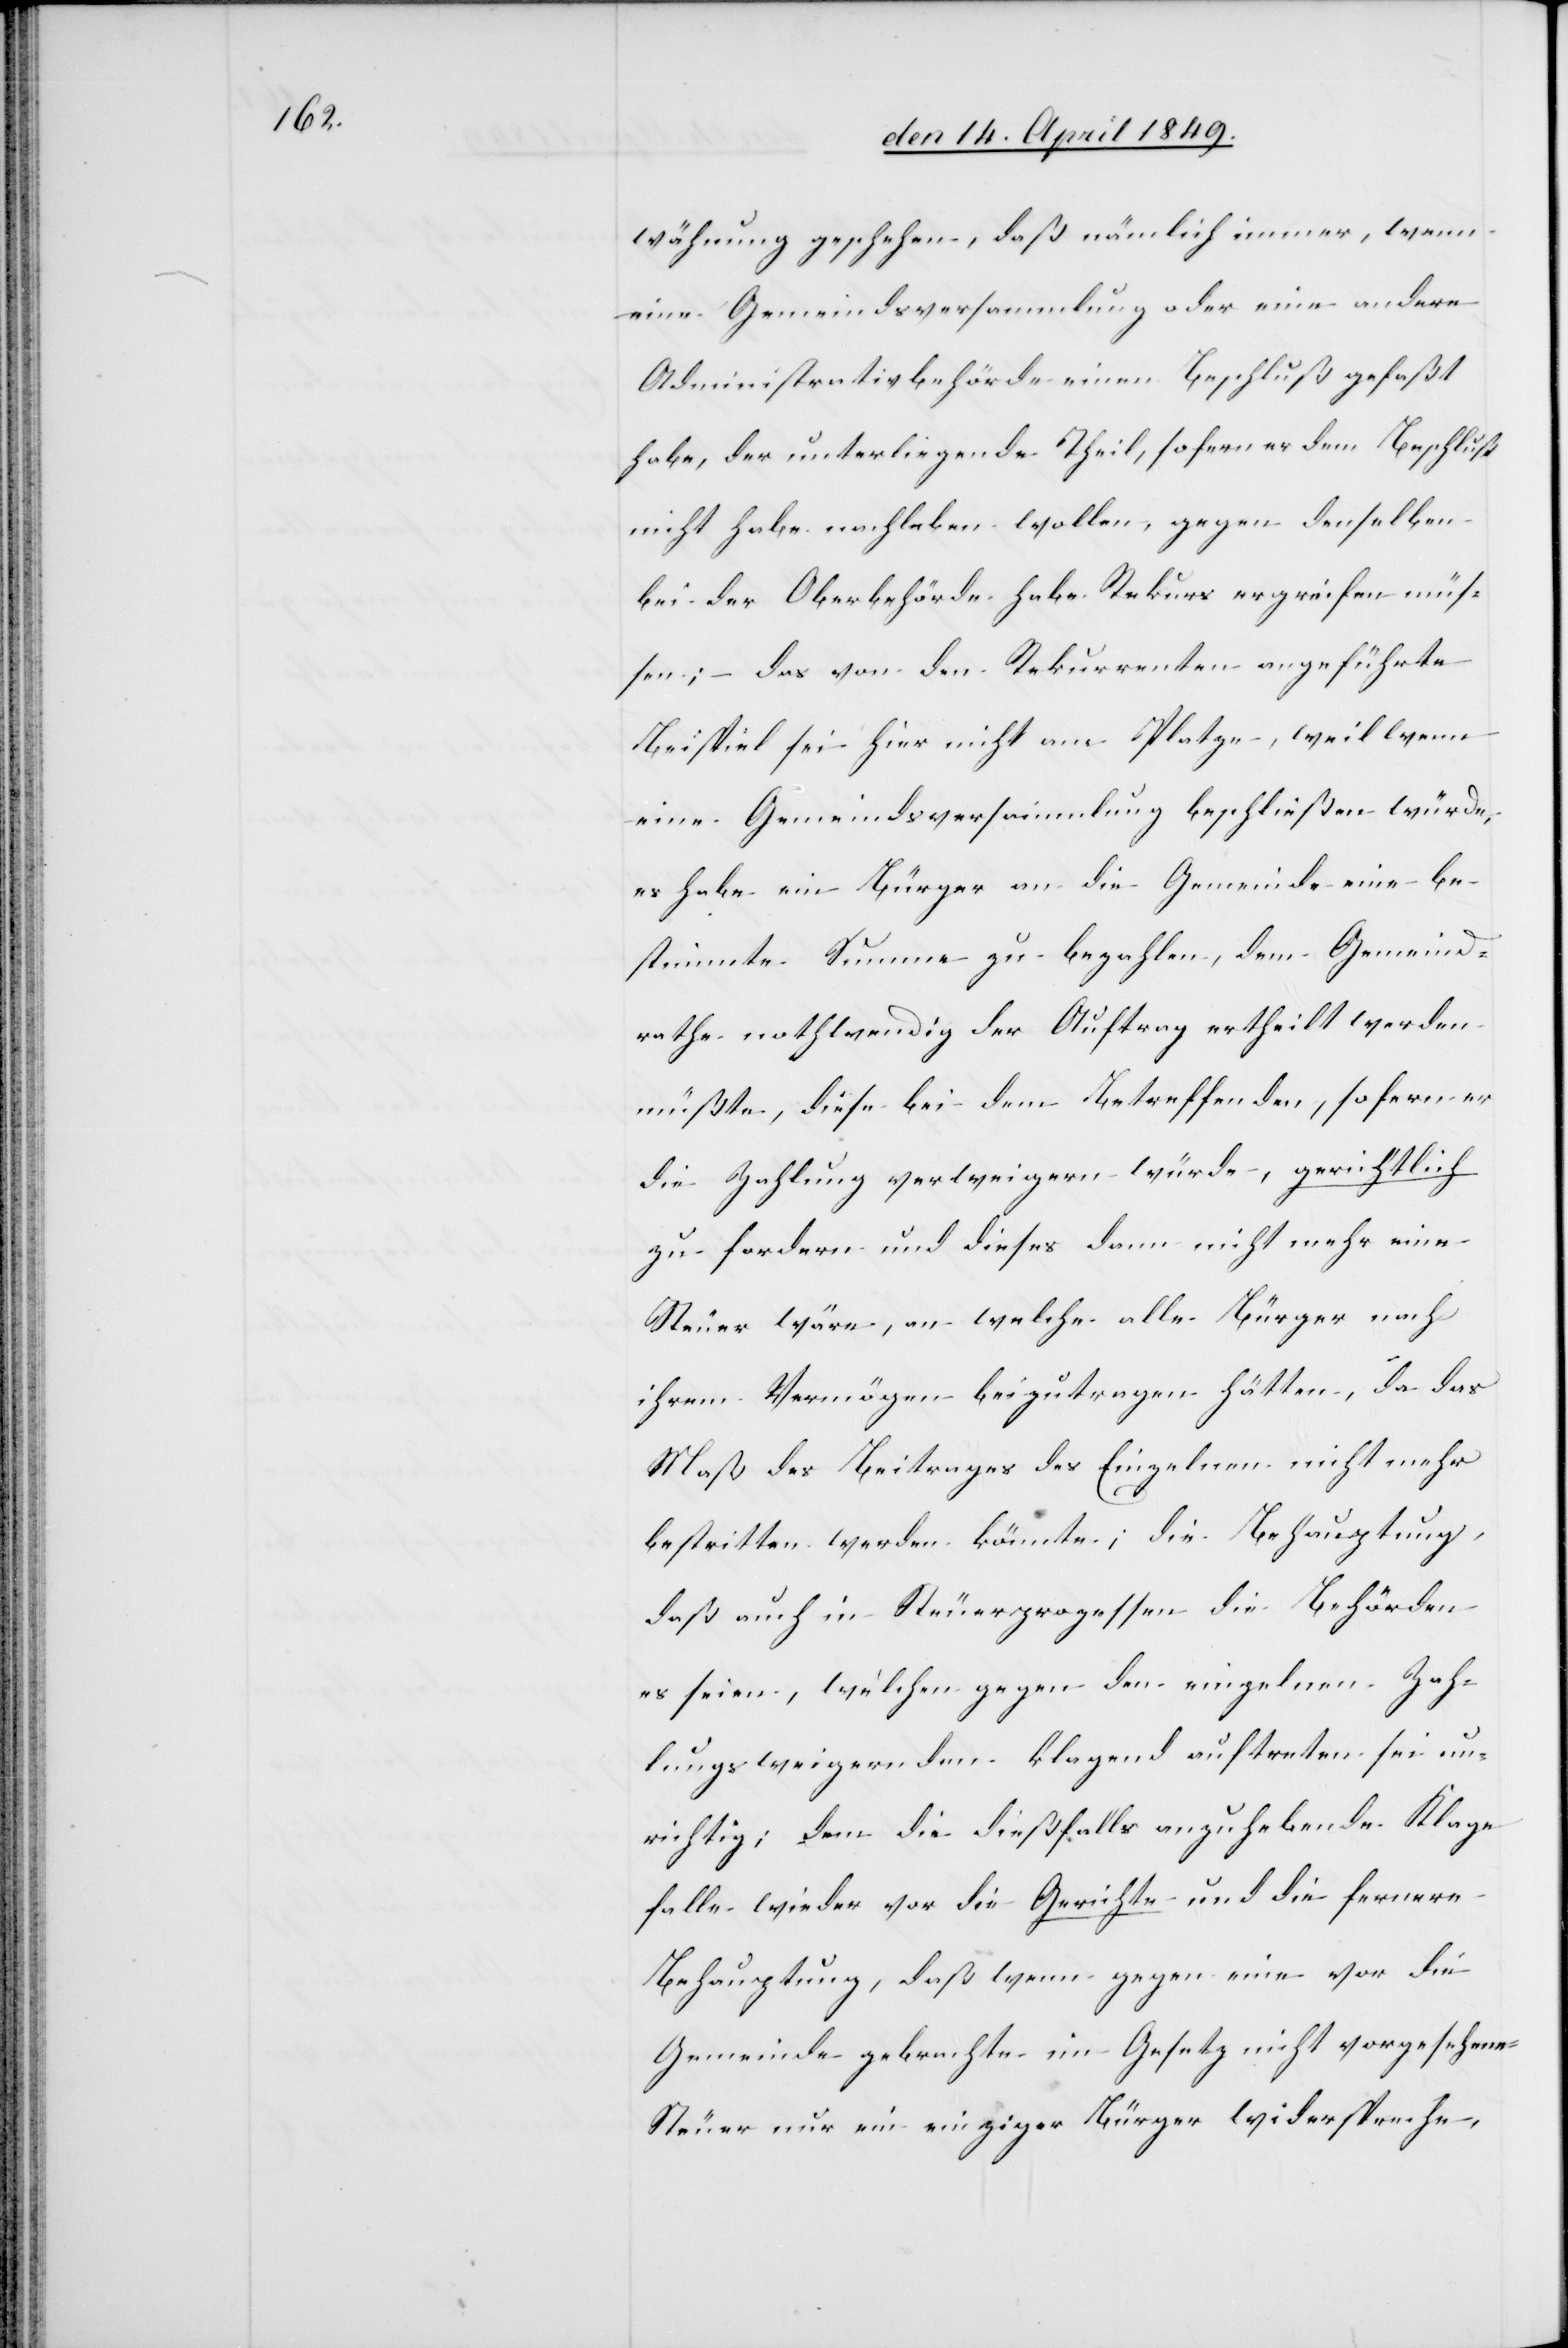
wähnung geschehen, daß nämlich immer, wenn
eine Gemeindsversammlung oder eine andere
Administrativbehörde einen Beschluß gefaßt
habe, der unterliegende Theil, sofern er dem Beschluß
nicht habe nachleben wollen, gegen denselben
bei der Oberbehörde habe Rekurs ergreifen müs¬
sen; das von den Rekurrenten angeführte
Beispiel sei hier nicht am Platze, weil wenn
eine Gemeindsversammlung beschließen würde,
es habe ein Bürger an die Gemeinde eine be¬
stimmte Summe zu bezahlen, dem Gemeind¬
rathe nothwendig der Auftrag ertheilt werden
müßte, diese bei dem Betreffenden, sofern er
die Zahlung verweigern würde, gerichtlich
zu fordern und dieses dann nicht mehr eine
Steuer wäre, an welche alle Bürger nach
ihrem Vermögen beizutragen hätten, da das
Maß des Beitrages des Einzelnen nicht mehr
bestritten werden könnte; die Behauptung,
daß auch in Steuerprozessen die Behörden
es seien, welchen gegen den einzelnen Zah¬
lungsweigernden klagend auftreten sei un¬
richtig; dem [recte: denn] die dießfalls anzuhebende Klage
falle wieder vor die Gerichte und die fernere
Behauptung, daß wenn gegen eine vor die
Gemeinde gebrachte im Gesetz nicht vorgesehene
Steuer nur ein einziger Bürger widerspreche,